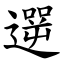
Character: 遻